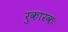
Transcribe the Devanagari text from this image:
रुकारकः